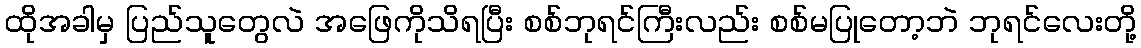
ထိုအခါမှ ပြည်သူတွေလဲ အဖြေကိုသိရပြီး စစ်ဘုရင်ကြီးလည်း စစ်မပြုတော့ဘဲ ဘုရင်လေးတို့